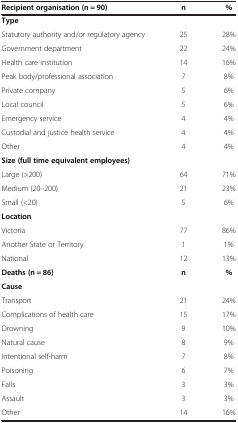
| Recipient organisation (n = 90) | n | % |
 | --- | --- | --- |
 | Type |  |  |
 | Statutory authority and/or regulatory agency | 25 | 28% |
 | Government department | 22 | 24% |
 | Health care institution | 14 | 16% |
 | Peak body/professional association | 7 | 8% |
 | Private company | 5 | 6% |
 | Local council | 5 | 6% |
 | Emergency service | 4 | 4% |
 | Custodial and justice health service | 4 | 4% |
 | Other | 4 | 4% |
 | Size (full time equivalent employees) |  |  |
 | Large (>200) | 64 | 71% |
 | Medium (20–200) | 21 | 23% |
 | Small (<20) | 5 | 6% |
 | Location |  |  |
 | Victoria | 77 | 86% |
 | Another State or Territory | 1 | 1% |
 | National | 12 | 13% |
 | Deaths (n = 86) | n | % |
 | Cause |  |  |
 | Transport | 21 | 24% |
 | Complications of health care | 15 | 17% |
 | Drowning | 9 | 10% |
 | Natural cause | 8 | 9% |
 | Intentional self-harm | 7 | 8% |
 | Poisoning | 6 | 7% |
 | Falls | 3 | 3% |
 | Assault | 3 | 3% |
 | Other | 14 | 16% |